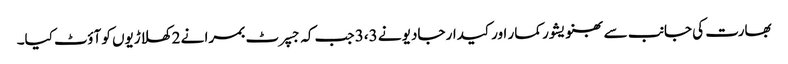
بھارت کی جانب سے بھنویشور کمار اور کیدار جادیو نے 3،3 جب کہ جسپرٹ بمرا نے 2 کھلاڑیوں کو آؤٹ کیا۔